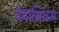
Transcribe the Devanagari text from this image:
नैयाभिराम